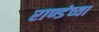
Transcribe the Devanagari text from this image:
राण्डंच्या